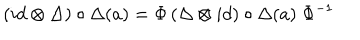
LaTeX: \left( i d \otimes \Delta \right) \circ \Delta ( a ) = \Phi \left( \Delta \otimes i d \right) \circ \Delta ( a ) \; \Phi ^ { - 1 }